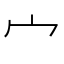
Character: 宀